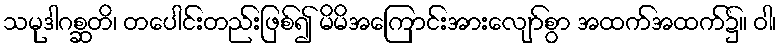
သမုဒါဂစ္ဆတိ၊ တပေါင်းတည်းဖြစ်၍ မိမိအကြောင်းအားလျော်စွာ အထက်အထက်၌။ ဝါ၊